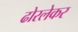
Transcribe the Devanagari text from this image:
ढोरलेकर